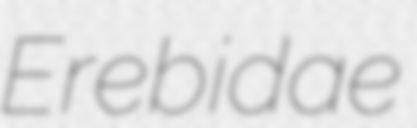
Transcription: Erebidae